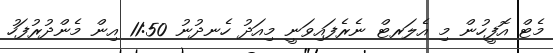
މެޓް އޮފީހުން މި އެލަރޓް ނެރެފައިވަނީ މިއަދު ހެނދުނު 11:50 އިން މެންދުރުފަހު